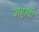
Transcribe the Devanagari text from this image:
ज़हावी